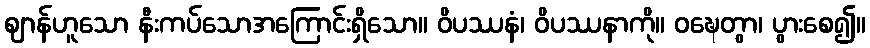
ဈာန်ဟူသော နီးကပ်သောအကြောင်းရှိသော။ ဝိပဿနံ၊ ဝိပဿနာကို။ ဝဍ္ဎေတွာ၊ ပွားစေ၍။